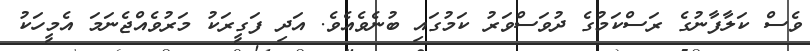
ވެސް ކަލާފާނުގެ ރަސްކަމުގެ ދުވަސްވަރު ކަމުގައި ބުނެވެއެވެ. އަދި ފަގީރަކު މަރުވެއްޖެނަމަ އެމީހަކު